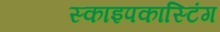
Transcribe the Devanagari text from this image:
स्काइपकास्टिंग